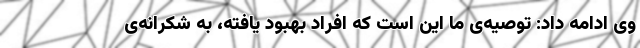
وی ادامه داد: توصیه‌ی ما این است که افراد بهبود یافته، به شکرانه‌ی